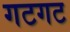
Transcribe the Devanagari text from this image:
गटगट